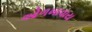
ઓળખાવાય